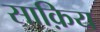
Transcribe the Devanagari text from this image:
साक़िय